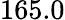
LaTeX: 165.0